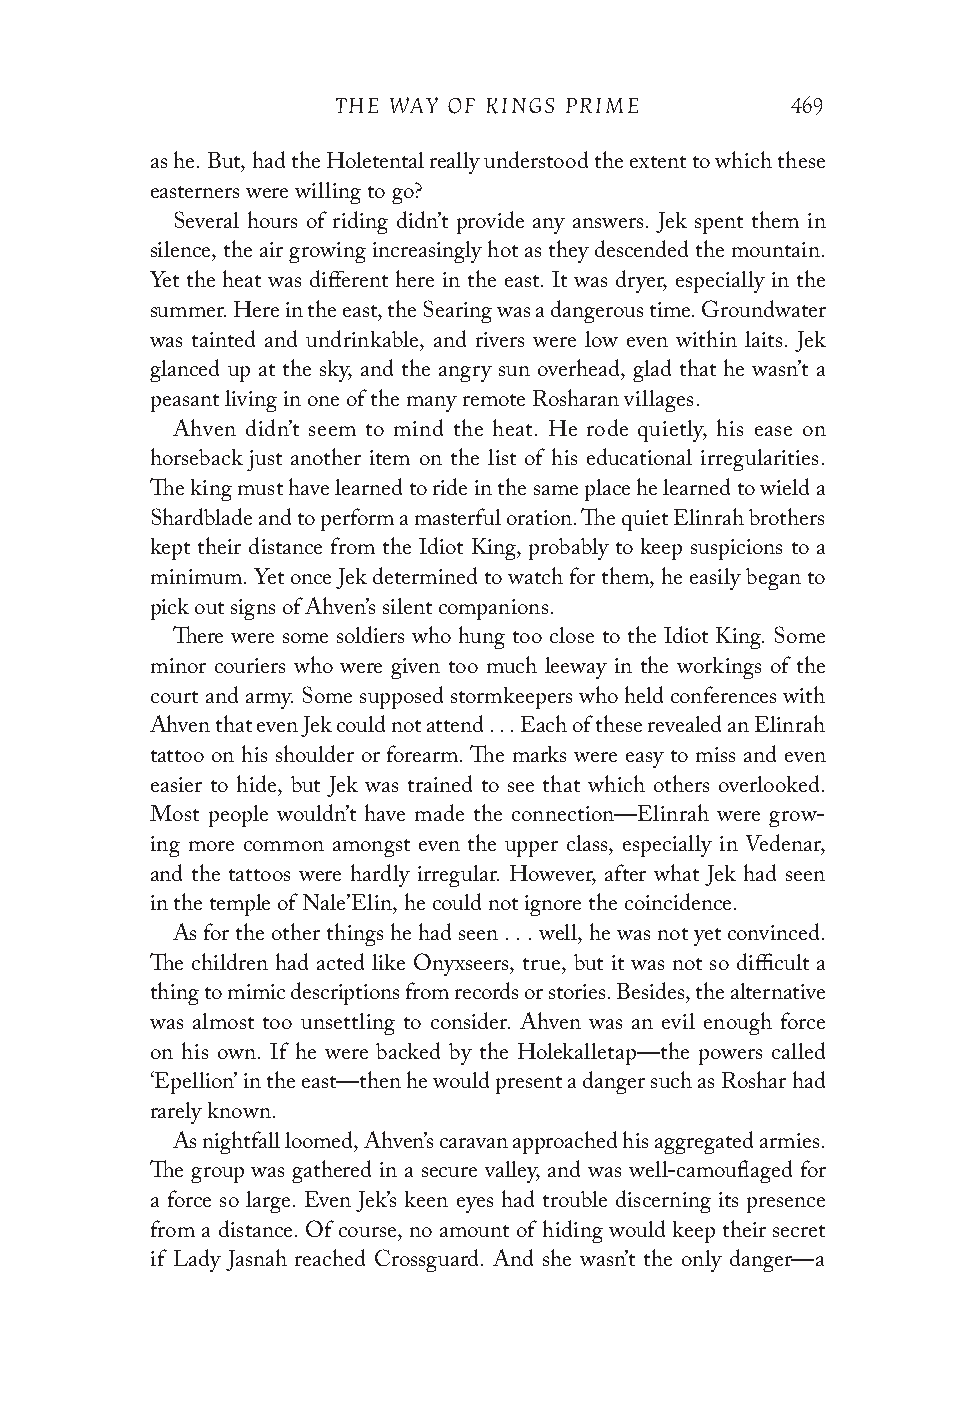
THE WAY OF KINGS PRIME        469
 as he. But, had the Holetental really understood the extent to which these
 easterners were willing to go?
 Several hours of riding didn’t provide any answers. Jek spent them in
 silence, the air growing increasingly hot as they descended the mountain.
 Yet the heat was different here in the east. It was dryer, especially in the
 summer. Here in the east, the Searing was a dangerous time. Groundwater
 was tainted and undrinkable, and rivers were low even within laits. Jek
 glanced up at the sky, and the angry sun overhead, glad that he wasn’t a
 peasant living in one of the many remote Rosharan villages.
 Ahven didn’t seem to mind the heat. He rode quietly, his ease on
 horseback just another item on the list of his educational irregularities.
 The king must have learned to ride in the same place he learned to wield a
 Shardblade and to perform a masterful oration. The quiet Elinrah brothers
 kept their distance from the Idiot King, probably to keep suspicions to a
 minimum. Yet once Jek determined to watch for them, he easily began to
 pick out signs of Ahven’s silent companions.
 There were some soldiers who hung too close to the Idiot King. Some
 minor couriers who were given too much leeway in the workings of the
 court and army. Some supposed stormkeepers who held conferences with
 Ahven that even Jek could not attend . . . Each of these revealed an Elinrah
 tattoo on his shoulder or forearm. The marks were easy to miss and even
 easier to hide, but Jek was trained to see that which others overlooked.
 Most people wouldn’t have made the connection—Elinrah were grow-
 ing more common amongst even the upper class, especially in Vedenar,
 and the tattoos were hardly irregular. However, after what Jek had seen
 in the temple of Nale’Elin, he could not ignore the coincidence.
 As for the other things he had seen . . . well, he was not yet convinced.
 The children had acted like Onyxseers, true, but it was not so difficult a
 thing to mimic descriptions from records or stories. Besides, the alternative
 was almost too unsettling to consider. Ahven was an evil enough force
 on his own. If he were backed by the Holekalletap—the powers called
 ‘Epellion’ in the east—then he would present a danger such as Roshar had
 rarely known.
 As nightfall loomed, Ahven’s caravan approached his aggregated armies.
 The group was gathered in a secure valley, and was well-camouflaged for
 a force so large. Even Jek’s keen eyes had trouble discerning its presence
 from a distance. Of course, no amount of hiding would keep their secret
 if Lady Jasnah reached Crossguard. And she wasn’t the only danger—a